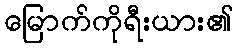
မြောက်ကိုရီးယား၏